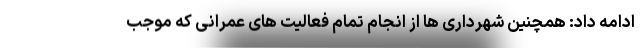
ادامه داد: همچنین شهرداری ها از انجام تمام فعالیت های عمرانی که موجب